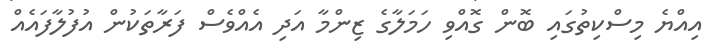
އިއްޔެ މިސްކިތުގައި ބޮން ގޮއްވި ހަމަލާގެ ޒިންމާ އަދި އެއްވެސް ފަރާތަކުން އުފުލާފައެއް